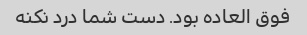
فوق العاده بود. دست شما درد نکنه